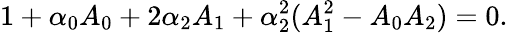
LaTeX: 1+\alpha_{0}A_{0}+2\alpha_{2}A_{1}+\alpha_{2}^{2}(A_{1}^{2}-A_{0}A_{2})=0.